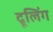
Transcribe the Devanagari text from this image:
द्रूलिंग